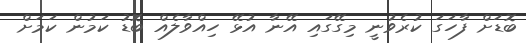
ބޮޑަށް ފާހަގަ ކުރެވުނީ މިގޭގައި އޭނާ އުޅޭ ހިއްވާލެއް ބޮޑު ކަމުން ކަމަށް